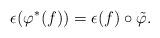
LaTeX: \begin{align*}\epsilon(\varphi^*(f)) = \epsilon(f) \circ \tilde{\varphi}.\end{align*}